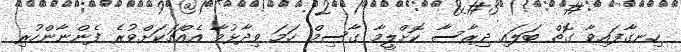
ހިނގާފައިވާ ގޮތް ބަލައި ދިރާސާ ކޮށްލީމާ ގާސިމް ހަމަ ވިދާޅުވާ އެއްޗަކަށްވުރެ ފެންނާންހުރި